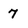
Character: 7